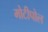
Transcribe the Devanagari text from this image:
मोटीपोल